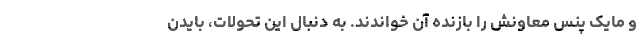
و مایک پنس معاونش را بازنده آن خواندند. به دنبال این تحولات، بایدن